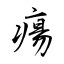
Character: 瘍